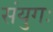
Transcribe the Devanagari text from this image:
संयुगः